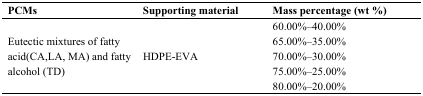
<table><thead><tr><td><b>PCMs</b></td><td><b>Supporting material</b></td><td><b>Mass percentage (wt %)</b></td></tr></thead><tbody><tr><td rowspan="5">Eutectic mixtures of fatty acid(CA,LA, MA) and fatty alcohol (TD)</td><td rowspan="5">HDPE-EVA</td><td>60.00%–40.00%</td></tr><tr><td>65.00%–35.00% </td></tr><tr><td>70.00%–30.00% </td></tr><tr><td>75.00%–25.00%</td></tr><tr><td>80.00%–20.00% </td></tr></tbody></table>